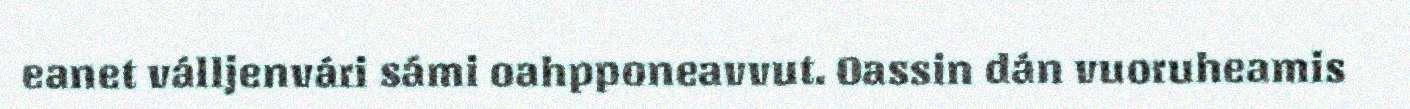
eanet válljenvári sámi oahpponeavvut. Oassin dán vuoruheamis